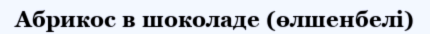
Абрикос в шоколаде (өлшенбелі)